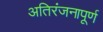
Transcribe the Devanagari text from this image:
अतिरंजनापूर्ण